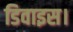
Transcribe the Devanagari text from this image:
डिवाइस।